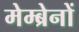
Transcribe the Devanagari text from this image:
मेम्ब्रेनों